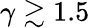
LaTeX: \gamma\gtrsim 1.5